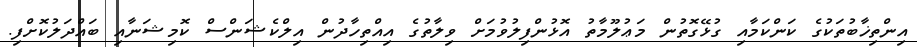
އިންތިޚާބުތަކުގެ ކަންކަމާއި ގުޅޭގޮތުން މަޢުލޫމާތު އޮޅުންފިލުވުމަށް ވިލާތުގެ އިއްތިހާދުން އިލްކެޝަންސް ކޮމިޝަނާއި ބައްދަލުކޮށްފި.